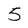
Character: 5